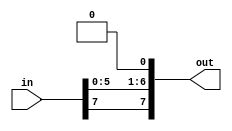
module n_shift_left #(parameter n = 8)(
    input [n-1:0]in,
    output  [n-1:0]out 
    );
    assign out = {in[n-1],in[n-3:0],1'b0};
endmodule